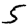
Digit: 5